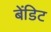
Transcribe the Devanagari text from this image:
बेंडिट